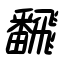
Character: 飜